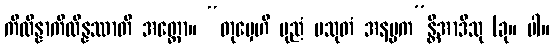
ကိလိန္နာကိလိန္နဿာတိ အတ္ထော။ “တုမှေဟိ ပုညံ ပသုတံ အနပ္ပက”န္တိအာဒီသု (ခု။ ပါ။